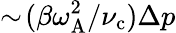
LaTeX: \sim\! (\beta\omega_{\mathrm{A}}^{2}/\nu_{\mathrm{c}})\Delta p